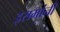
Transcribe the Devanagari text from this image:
इसमांनी